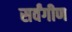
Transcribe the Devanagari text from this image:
सर्वंगीण